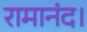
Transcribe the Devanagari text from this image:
रामानंद।